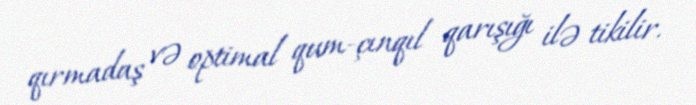
qırmadaş və optimal qum-çınqıl qarışığı ilə tikilir.